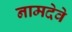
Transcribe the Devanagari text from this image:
नामदेवे